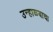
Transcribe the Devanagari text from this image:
उन्हाळ्याचा